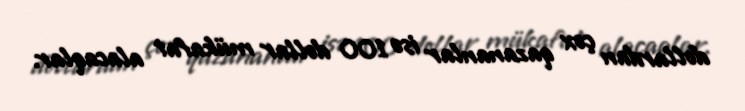
dollardan çox qazananlar isə 100 dollar mükafat alacaqlar.